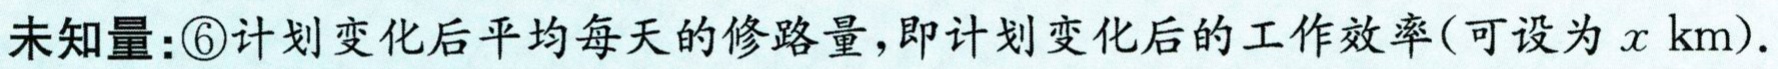
未知量：\textcircled{6}计划变化后平均每天的修路量，即计划变化后的工作效率(可设为\(x\mathrm{km}\)).